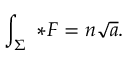
\int _ { \Sigma } \ { * } { \cal F } = n \sqrt { a } .